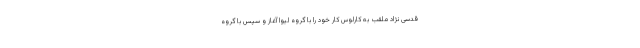
قدسی نژاد ملقب به کارلوس کار خود را با گروه لیوا آغاز و سپس با گروه